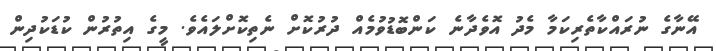
އޭނާގެ ނުރައްކާތެރިކަމާ މެދު އޮވެދާނެ ކަންބޮޑުވުމެއް ދުރުކޮށް ނެތިކޮށްލައެވެ. މީގެ އިތުރުން ކުޑަކުދިން